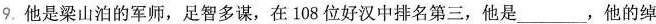
9. 他是梁山泊的军师，足智多谋，在108位好汉中排名第三，他是___，他的绰